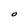
Character: O